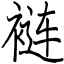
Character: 裢